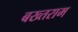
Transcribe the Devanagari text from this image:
बख्तराम